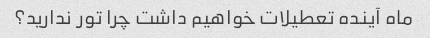
ماه آینده تعطیلات خواهیم داشت چرا تور ندارید؟